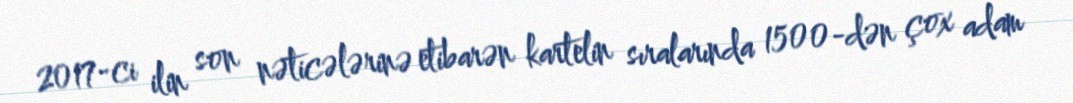
2017-ci ilin son nəticələrinə etibarən kartelin sıralarında 1500-dən çox adam